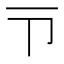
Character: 𪜁